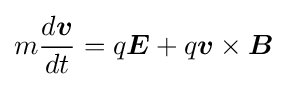
m{\frac {d{\boldsymbol {v}}}{dt}}=q{\boldsymbol {E}}+q{\boldsymbol {v}}\times {\boldsymbol {B}}